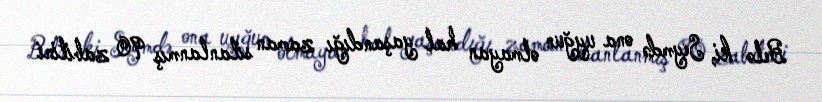
Belə ki, Seymdə ona uyğun olmayan hal yaşandığı zaman silanlanmış 90 zabitini